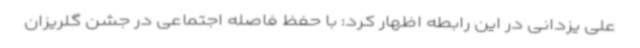
علی یزدانی در این رابطه اظهار کرد: با حفظ فاصله اجتماعی در جشن گلریزان